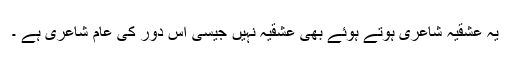
یہ عشقیہ شاعری ہوتے ہوئے بھی عشقیہ نہیں جیسی اس دور کی عام شاعری ہے ۔